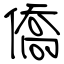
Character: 僑